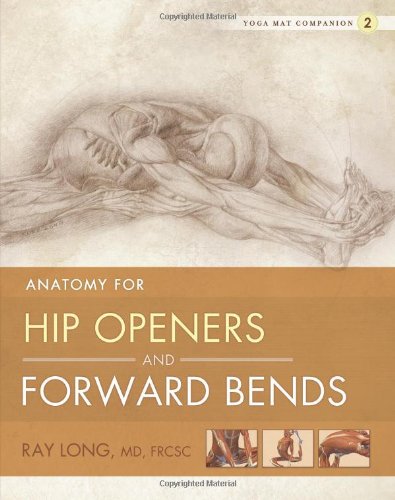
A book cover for Yoga Mat Companion 2: Anatomy for Hip Openers and Forward Bends; Ray Long; Science & Math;